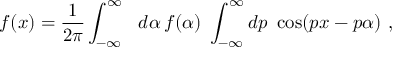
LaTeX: f ( x ) = { \frac { 1 } { 2 \pi } } \int _ { - \infty } ^ { \infty } \ \ d \alpha \, f ( \alpha ) \ \int _ { - \infty } ^ { \infty } d p \ \cos ( p x - p \alpha ) \ ,